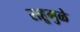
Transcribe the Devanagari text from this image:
राहूमुळे